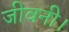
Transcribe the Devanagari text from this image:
जीवनी।